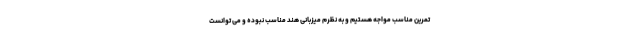
تمرین مناسب مواجه هستیم و به نظرم میزبانی هند مناسب نبوده و می توانست